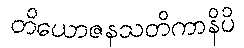
တိယောဇနသတိကာနိပိ